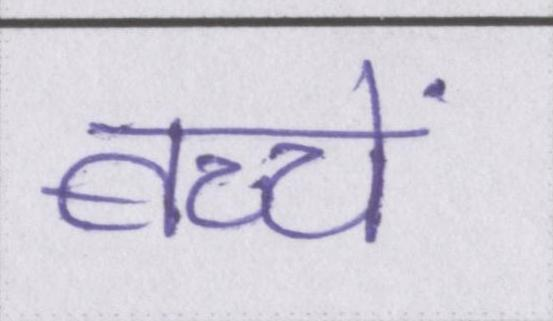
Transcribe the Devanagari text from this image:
बच्चें